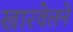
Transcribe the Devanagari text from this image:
खारवेलने